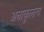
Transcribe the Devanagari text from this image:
अनाकुलत्व